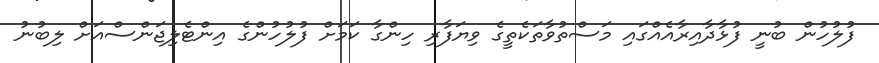
ފުލުހުން ބުނީ ފުޅާދާއިރާއެއްގައި މަސްތުވާތަކެތީގެ ވިޔަފާރި ހިންގާ ކަމަށް ފުލުހުންގެ އިންޓެލިޖަންސްއަށް ލިބުނު